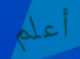
أعلم